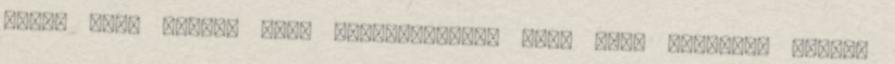
sokat tett azért, hogy megszeressem. Sőt, nála hazugabb embert